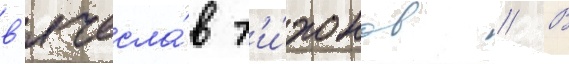
в'ячесла́в т'и́хонов // В